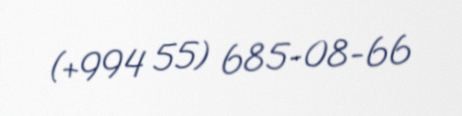
(+994 55) 685-08-66